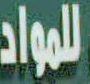
للمواد